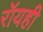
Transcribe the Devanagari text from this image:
रॉयही